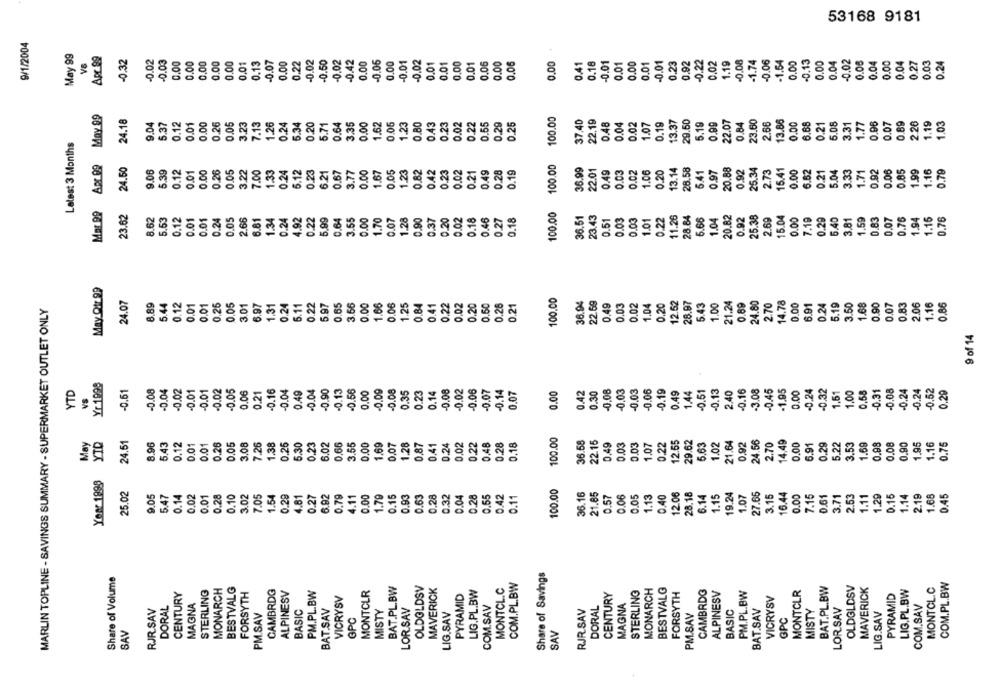
53168 9181
9/1/2004
May 99
0.32
-0.02
0.03
0.00
0.00
0.00
0.00
0.01
0.13
-0.07
0.22
-0.02
-0.50
-0.02
0.42
0.00
-0.06
-0.01
-0.02
0.01
0.01
0.00
0.01
0.06
0.00
0.06
0.00
0.41
0.18
-0.01
0.01
0.00
0.01
-0.01
0.23
0.92
-0.22
0.02
1.19
0.08
-1.74
-0.06
1.54
0.00
0.13
0.00
0.04
0.02
0.08
0.04
0.00
0.04
0.27
0.03
0.24
0.00
0.00
0.00
May 99
100.00
24.18
9.04
5.37
0.12
0.01
0.00
0.26
0.05
3.23
7.13
1.26
0.24
5.34
0.20
5.71
0.64
3.35
0.00
1.62
0.06
1.23
0.80
0.43
0.23
0.02
0.22
0.55
0.29
0.25
37,40
0.48
0.04
0.02
1.07
0.19
13.37
29.60
6.19
0.99
22.07
0.84
23.60
2.66
13.86
0.00
6.68
0.21
5.05
3.31
1.77
0.96
0.07
0.89
2.26
1.19
1.03
Latest 3 Months
Apr 09
24.50
100.00
9.06
5.39
0.12
0.01
0.00
0.26
0.05
7.00
1.33
0.24
.12
0.23
6.21
0.67
3.77
0.00
1.67
0.05
1.23
0.82
0.42
0.23
0.02
0.21
0.49
.28
0.19
36.99
22.01
0.49
0.02
1.06
0.20
13.14
28.58
5.41
0.97
0.92
25.34
2.73
15.41
0.00
6.62
0.21
5.04
3.33
1.71
0.92
0.06
0.85
1.99
1.16
.79
3.22
0.03
Mar 99
23.62
100.00
25.38
8.62
5.53
0.12
0.01
0.01
0.24
0.05
2.66
6.81
1.34
0.24
1.92
0.22
5.99
0.64
3.55
0.00
1.70
0.07
1.28
0.90
0.37
0.20
0.02
0.16
0.46
0.27
.18
0.51
0.03
0.03
1.01
0.22
11.26
28.84
6.66
1.04
0.92
2.69
15.04
0.00
7.19
0.29
6.40
3.81
1.59
0.83
0.07
0.76
1.94
1.15
0.76
May Qtr 99
100.00
24.07
8.89
5.44
0.12
0.01
0.01
0.26
0.05
3.01
6.97
6.11
0.22
5.97
0.65
3.56
0.00
0.06
1.25
0.84
0.22
0.02
0.20
0.50
0.26
0.21
36.94
22.69
0.03
0.02
1.04
0.20
28.97
5.43
1.00
21.24
0.89
24.80
2.70
14.78
0.00
6.91
0.24
5.19
3.50
1.68
0.90
0.07
0.83
2.06
1.16
0.86
MARLIN TOPLINE - SAVINGS SUMMARY - SUPERMARKET OUTLET ONLY
1.31
0.24
1.66
0.41
0.49
9 of 14
Yr 1999
YTD
-0.61
0.08
0.04
0.02
0.01
0.02
0.05
.06
0.21
0.16
-0.04
0.49
0.04
0.90
-0.13
-0.56
0.00
-0.09
0.08
0.35
.23
0.14
0.08
0.0
0.06
0.07
0.14
0.07
0.00
0.42
0.30
-0.08
0,03
-0.03
-0.06
-0.19
0.49
1.44
0.51
-0.13
2.40
-0.16
-3.08
-0.45
-1.95
0.00
-0.24
0.32
1.61
1.00
0.58
0.31
0.08
-0.24
-0.24
0.29
VS
100.00
May
YID
24.61
8.96
5.43
0.12
0.05
7.26
1.38
0.26
0.23
0,66
3.55
1.69
0.07
1.28
0.41
0.24
0,02
0.22
0.28
0.18
36.58
1.07
0.22
12.55
29.62
1.02
21.64
0.92
24.56
14,49
5.22
3.53
1.69
0.98
0.90
.95
1.16
0.75
0.01
0.01
0.26
3.08
5.30
6.02
0.00
0,87
0.48
0.49
0.03
0.03
5.63
2.70
0.00
6.91
0.29
0.08
Your 1898
25.02
100.00
9.05
5.47
0.14
0.02
0.01
0.28
0.10
3.02
7.05
1.54
0.29
4.81
0.27
6.92
0.79
1.11
0.00
1.79
0.15
0.93
0.63
0.28
0.32
9.04
.28
0.55
0.42
0.11
36.15
21.85
0.57
0.06
0.05
1.13
0.40
12.06
28.18
6.14
1.15
19.24
1.07
27.66
3.15
16.44
0.00
7.15
0.61
3.71
2.53
1.11
1.29
.15
1.14
2.19
1.66
0.45
Share of Savings
Share of Volume
MONARCH
BESTVALG
BAT.PL.BW
OLDOLDSV
MAVERICK
MONTCL.C
COM.PL.BW
MONARCH
BESTVALG
BAT.PL.BW
OLDGLDSV
MAVERICK
MONTOL.C
COM.PL.BW
CENTURY
STERLING
FORSYTH
CAMBRDG
ALPINESV
PM.PL.BW
MONTCLR
PYRAMID
LIG.PL.BW
CENTURY
STERLING
FORSYTH
CAMBRDG
ALPINESV
PM.PL.BW
VICRYSV
MONTCLR
PYRAMID
LIG.PL.BW
MAGNA
VICRYSV
RJR.SAV
DORAL
BASIC
LOR.SAV
COM.SAV
RJR.SAV
DORAL
MAGNA
BASIC
BAT.SAV
LORSAV
COM.SAV
PM.SAV
BAT.SAV
MISTY
LIG.SAV
PM.SAV
MISTY
LIG.SAV
OPC
GPC
SAV
SAV